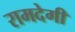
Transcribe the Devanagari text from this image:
रामदेगी